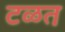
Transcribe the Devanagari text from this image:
टळत